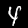
Label: 4